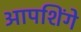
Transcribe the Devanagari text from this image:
आपशिंगे